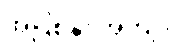
အပြစ်နှင့်အကျိုး